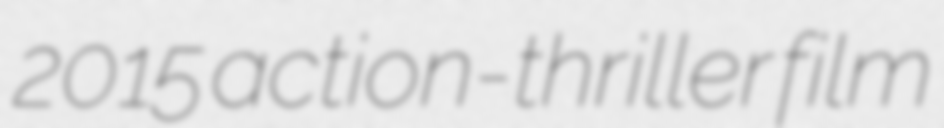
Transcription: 2015 action-thriller film